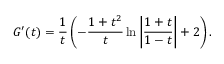
G ^ { \prime } ( t ) = \frac { 1 } { t } \left( - \frac { 1 + t ^ { 2 } } { t } \ln \left| \frac { 1 + t } { 1 - t } \right| + 2 \right) .